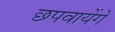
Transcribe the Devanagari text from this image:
छपवायेंगे